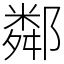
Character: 鄰